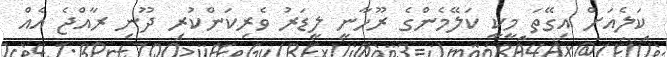
ކަލެއަށް އިގޭތަ މީކީ ކަލޭމެންގެ ރޫހާނީ ލީޑަރު ވެރިކަންކުރި ދޫނި ރާއްޖެ އެއް